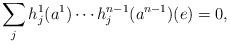
LaTeX: \begin{align*}\sum_{j} h_j^1(a^1)\cdots h_j^{n-1}(a^{n-1})(e)=0,\end{align*}